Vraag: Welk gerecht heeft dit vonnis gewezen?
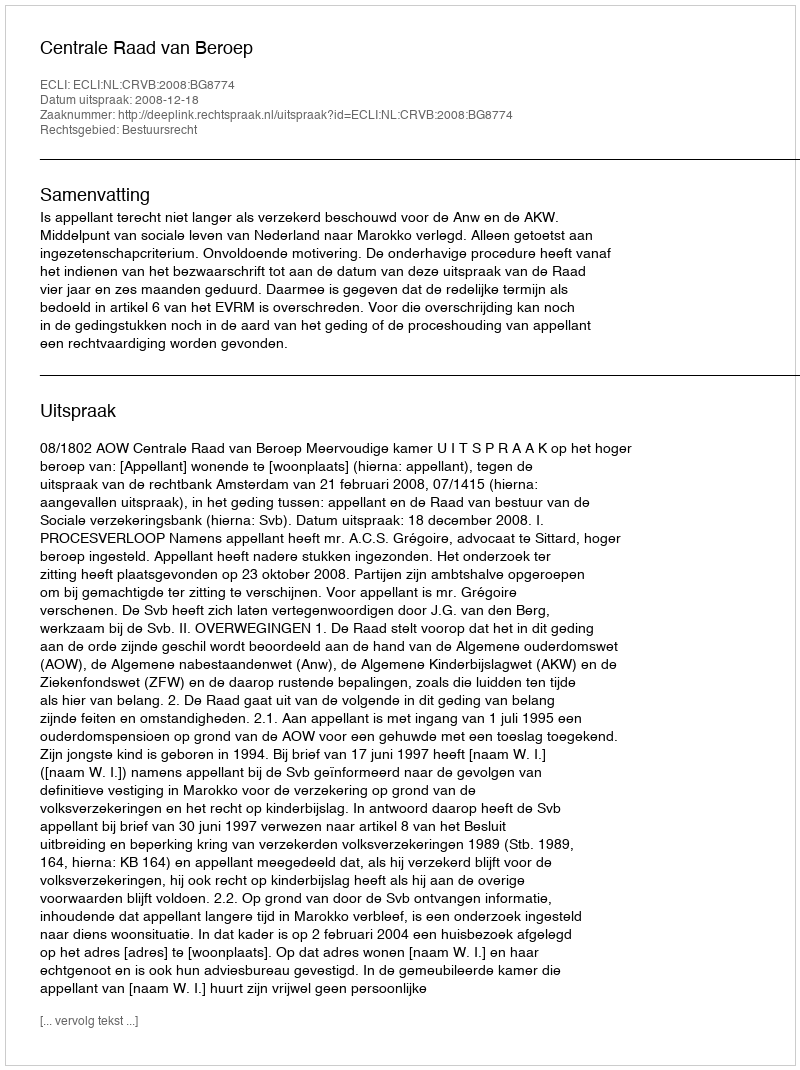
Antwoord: Centrale Raad van Beroep